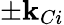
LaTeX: \pm\mathbf{k}_{Ci}